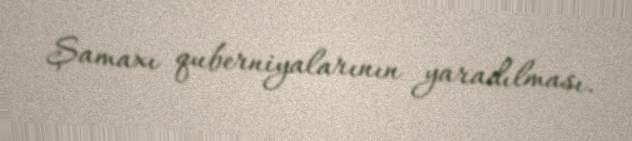
Şamaxı quberniyalarının yaradılması.